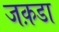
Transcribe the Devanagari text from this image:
जक़डा